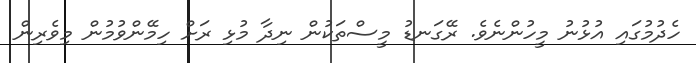
ހެދުމުގައި އުޅުނު މީހުންނެވެ. ރޭގަނޑު މީސްތަކުން ނިދާ މުޅި ރަށް ހިމޭންވުމުން މިވެރިން